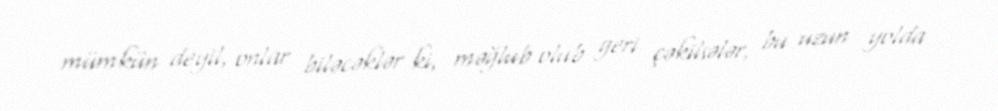
mümkün deyil, onlar biləcəklər ki, məğlub olub geri çəkilsələr, bu uzun yolda